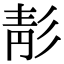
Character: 𩇕